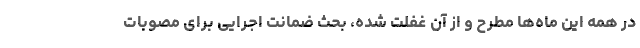
در همه این ماه‌ها مطرح و از آن غفلت شده، بحث ضمانت اجرایی برای مصوبات